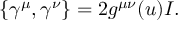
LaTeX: \{ \gamma ^ { \mu } , \gamma ^ { \nu } \} = 2 g ^ { \mu \nu } ( u ) I .